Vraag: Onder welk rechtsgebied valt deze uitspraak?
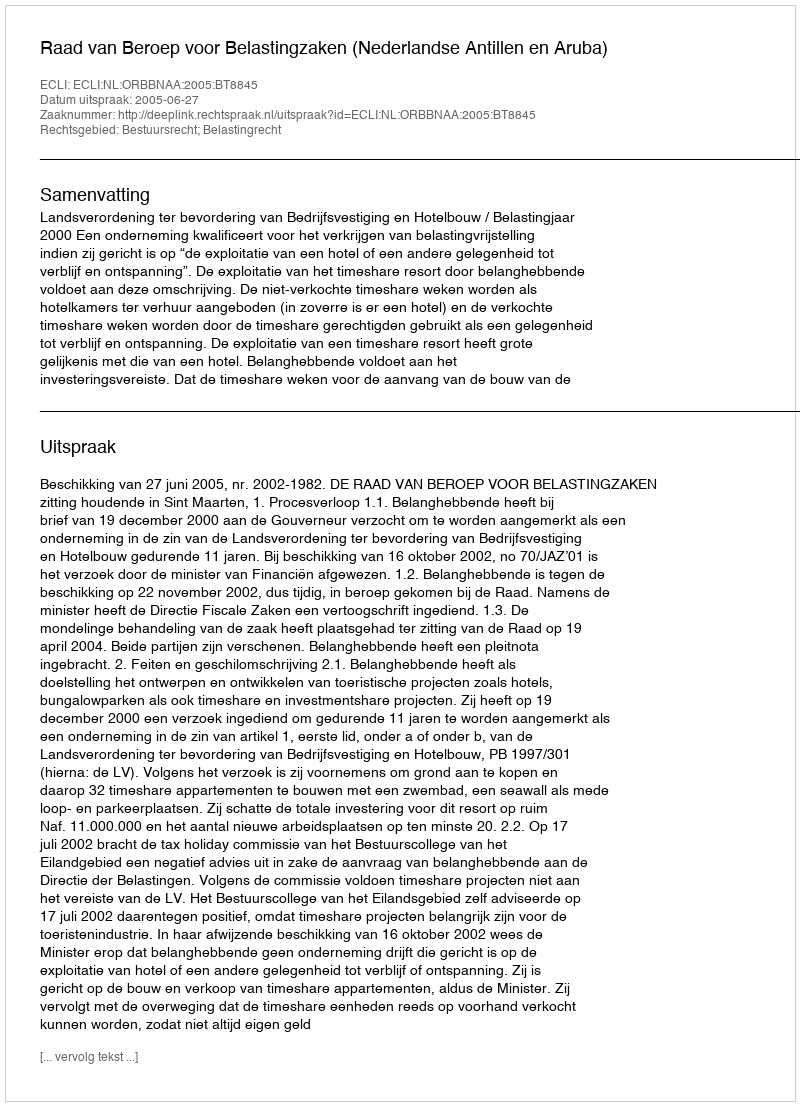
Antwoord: Bestuursrecht; Belastingrecht